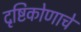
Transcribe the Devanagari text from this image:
दृष्टिकोणाचे